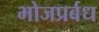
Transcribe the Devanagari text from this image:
भोजप्रर्बध